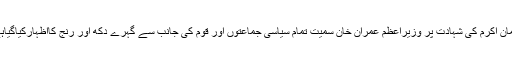
نعمان اکرم کی شہادت پر وزیراعظم عمران خان سمیت تمام سیاسی جماعتوں اور قوم کی جانب سے گہرے دکھ اور رنج کااظہارکیاگیاہے۔